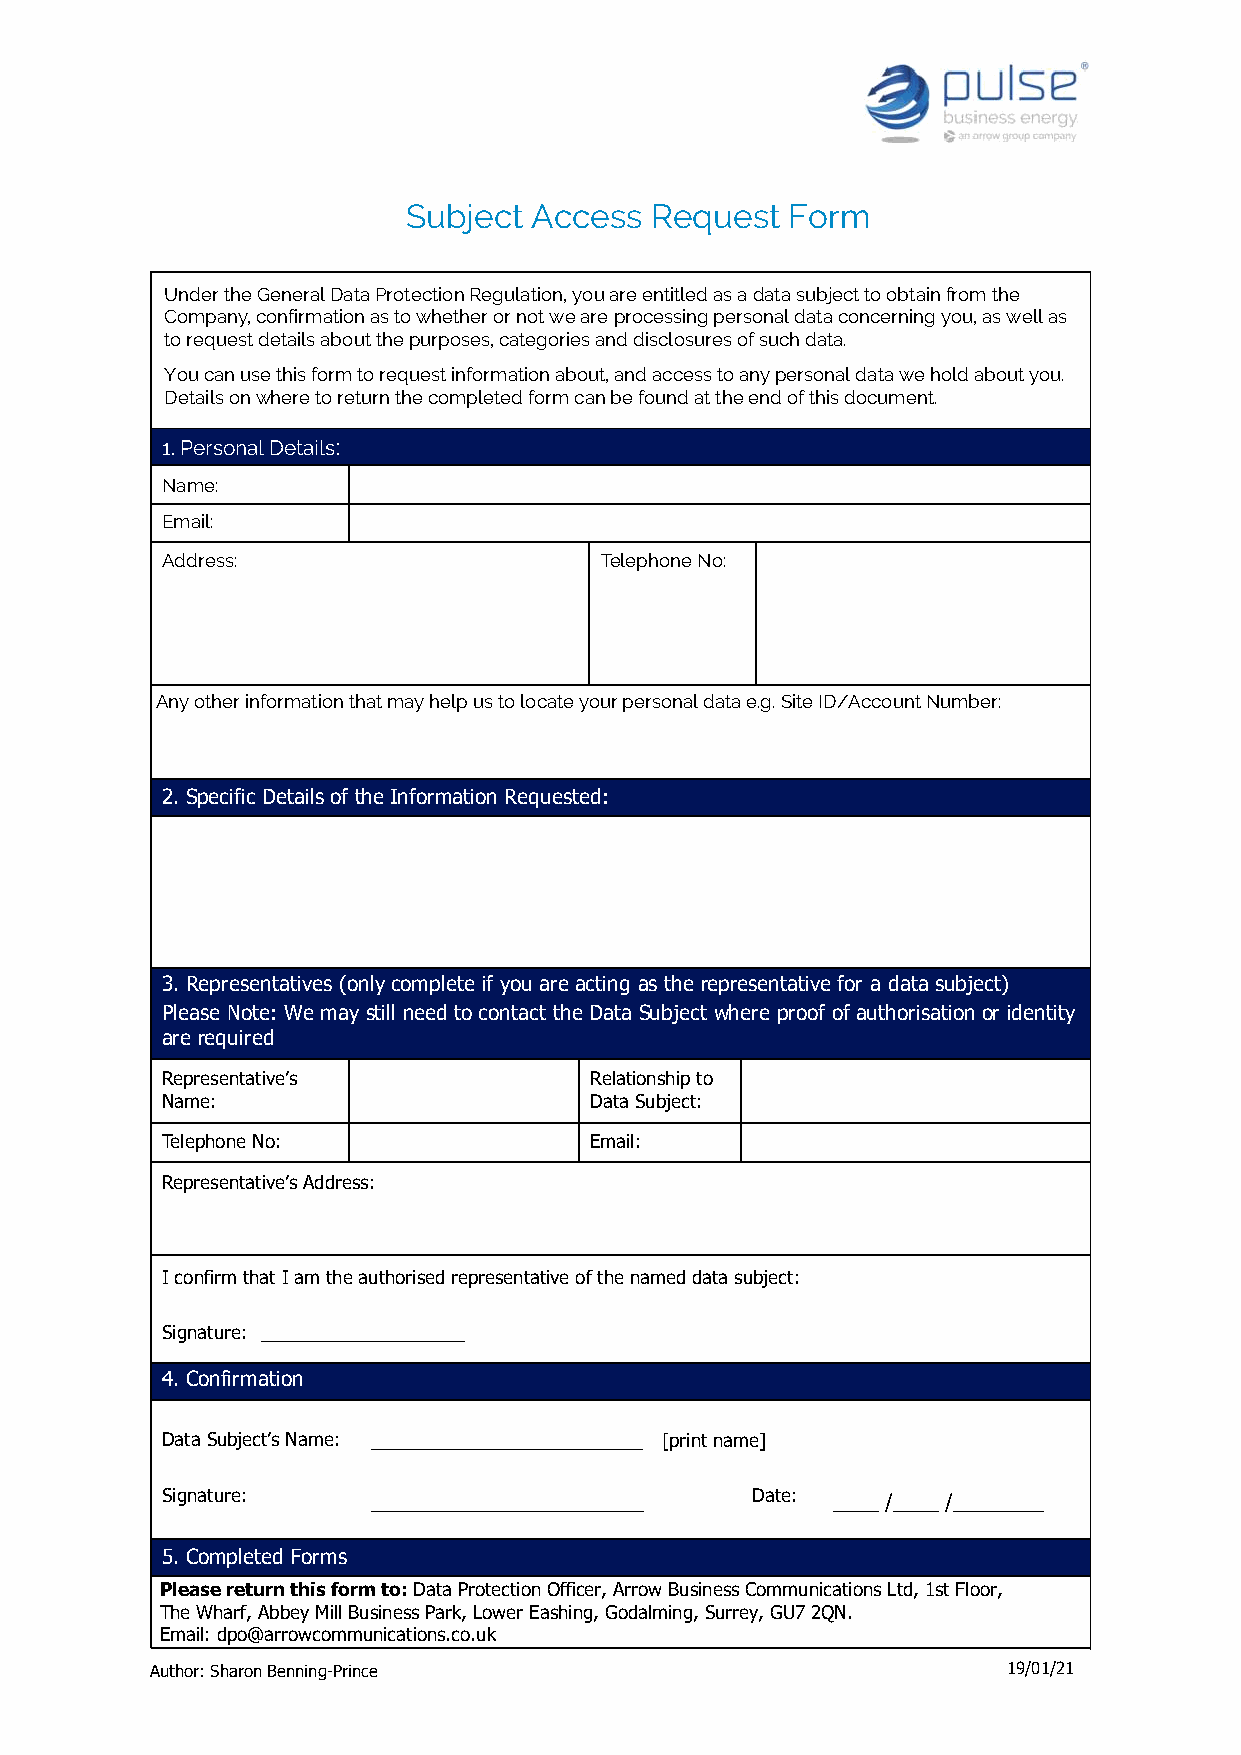
Subject Access  Request  Form
 Under the General Data Protection Regulation, you are entitled as a data subject to obtain from the
 Company, confirmation as to whether or not we are processing personal data concerning you, as well as
 to request details about the purposes, categories and disclosures of such data.
 You can use this form to request information about, and access to any personal data we hold about you.
 Details on where to return the completed form can be found at the end of this document.
 1.Personal Details:
 Name:
 Email:
 Address:                     Telephone No:
 Any other information that may help us to locate your personal data e.g. Site ID/Account Number:
 2. Specific Details of the Information Requested:
 3. Representatives (only complete if you are acting as the representative for a data subject)
 Please Note: We may still need to contact the Data Subject where proof of authorisation or identity
 are required
 Representative’s            Relationship to
 Name:                       Data Subject:
 Telephone No:               Email:
 Representative’s Address:
 I confirm that I am the authorised representative of the named data subject:
 Signature: __________________
 4. Confirmation
 Data Subject’s Name: ________________________ [print name]
 Signature:    ________________________ Date: ____ /____ /________
 5. Completed Forms
 Please return this form to: Data Protection Officer, Arrow Business Communications Ltd, 1st Floor,
 The Wharf, Abbey Mill Business Park, Lower Eashing, Godalming, Surrey, GU7 2QN.
 Email: dpo@arrowcommunications.co.uk
 Author: Sharon Benning-Prince                            19/01/21